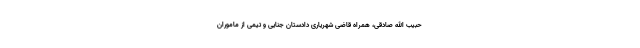
حبیب الله صادقی، همراه قاضی شهریاری دادستان جنایی و تیمی از ماموران